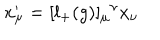
x _ { \mu } ^ { \prime } = [ l _ { + } ( g ) ] _ { \mu } { } ^ { \nu } x _ { \nu }